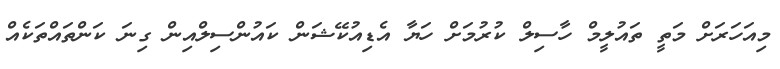
މިއަހަރަށް މަތީ ތައުލީމް ހާސިލް ކުރުމަށް ހަޔާ އެޑިއުކޭޝަން ކައުންސިލްއިން ގިނަ ކަންތައްތަކެއް